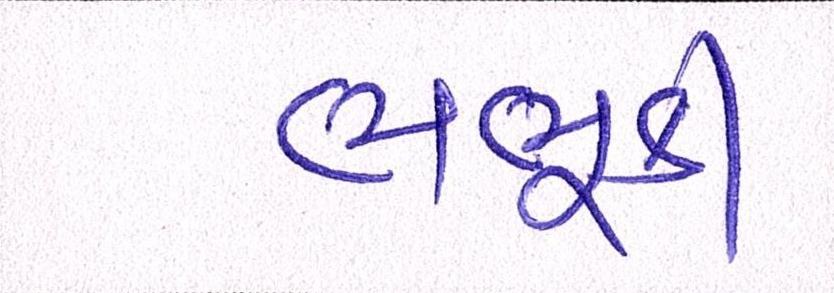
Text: ભભૂકી